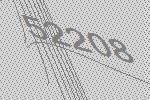
52208